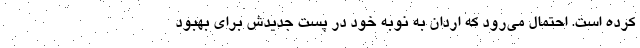
کرده است. احتمال می‌رود که اردان به نوبه خود در پست جدیدش برای بهبود